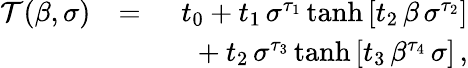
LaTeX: \begin{array}{rlr}{\mathcal{T}(\beta,\sigma)}&{=}&{t_{0}+t_{1}\, \sigma^{\tau_{1}}\operatorname{tanh}\left[t_{2}\, \beta\, \sigma^{\tau_{2}}\right]}\\ &{}&{\phantom{t_{0}}+t_{2}\, \sigma^{\tau_{3}}\operatorname{tanh}\left[t_{3}\, \beta^{\tau_{4}}\, \sigma\right]\, ,}\end{array}